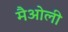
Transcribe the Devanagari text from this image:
मैओली